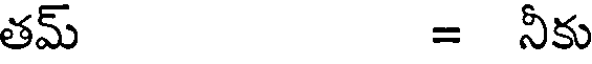
తమ్ = నీకు